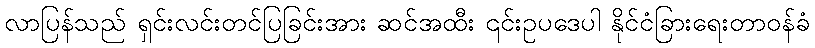
လာပြန်သည် ရှင်းလင်းတင်ပြခြင်းအား ဆင်အထီး ၎င်းဥပဒေပါ နိုင်ငံခြားရေးတာဝန်ခံ